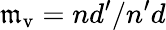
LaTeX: \mathfrak{m}_{\mathrm{{v}}}=nd^{\prime}/n^{\prime}d